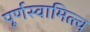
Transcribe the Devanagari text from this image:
पूर्णस्वामित्त्व